Report of the Indian Hemp Drugs Commission, 1894-1895 - Volume VII
Year: 1894
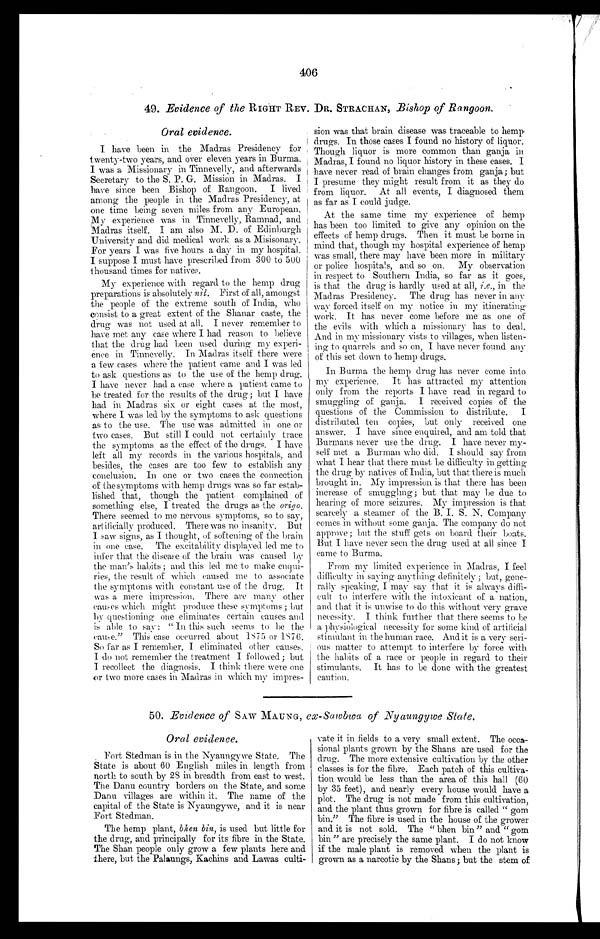
406
49. Evidence of the RIGHT REV. DR. STRACHAN, Bishop of Rangoon.
Oral evidence.
I have teen in the Madras Presidency for
twenty-two years, and over eleven years in Burma.
I was a Missionary in Tinnevelly, and afterwards
Secretary to the S. P. G. Mission in Madras. I
have since been Bishop of Rangoon. I lived
among the people in the Madras Presidency, at
one time being seven miles from any European.
My experience was in Tinnevelly, Ramnad, and
Madras itself. I am also M. D. of Edinburgh
University and did medical work as a Misisonary.
For years I was five hours a day in my hospital.
I suppose I must have prescribed from 300 to 500
thousand times for natives.
My experience with regard to the hemp drug
preparations is absolutely nil. First of all, amongst
the people of the extreme south of India, who
consist to a great extent of the Shanar caste, the
drug was not used at all. I never remember to
have met any case where I had reason to believe
that the drug had been used during my experi-
ence in Tinnevelly. In Madras itself there were
a few cases where the patient came and I was led
to ask questions as to the use of the hemp drug.
I have never had a case where a patient came to
be treated for the results of the drug ; but I have
had in Madras six or eight cases at the most,
where I was led by the symptoms to ask questions
as to the use. The use was admitted in one or
two cases. But still I could not certainly trace
the symptoms as the effect of the drugs. I have
left all my records in the various hospitals, and
besides, the cases are too few to establish any
conclusion. In one or two cases the connection
of the symptoms with hemp drugs was so far estab-
lished that, though the patient complained of
something else, I treated the drugs as the ()rigo.
There seemed to me nervous symptoms, so to say,
artificially produced. There was no insanity. But
I saw signs, as I thought, of softening of the brain
in one case. The excitability displayed led me to
infer that the disease of the brain was caused by
the man's habits ; and this led me to make enqui-
ries, the result of which caused me to associate
the symptoms with constant use of the drug. It
was a mere impression. There are many other
causes which might produce these symptoms; but
by questioning one eliminates certain causes and
is able to say: " In this such seems to be the
cause." This case occurred about 1875 or 1876.
So far as I remember, I eliminated other causes.
I do not remember the treatment I followed ; but
I recollect the diagnosis. I think there were one
or two more cases in Madras in which my impres-
sion was that brain disease was traceable to hemp.
drugs. In those cases I found no history of liquor.
Though liquor is more common than ganja in
Madras, I found no liquor history in these cases. I
have never read of brain changes from ganja; but
I presume they might result from it as they do
from liquor. At all events, I diagnosed them
as far as I could judge.
At the same time my experience of hemp
has been too limited to give any opinion on the
effects of hemp drugs. Then it must be borne in
mind that, though my hospital experience of hemp
was small, there may have been more in military
or police hospitals, and so on. My observation
in respect to Southern India, so far as it goes,
is that the drug is hardly used at all, i.e., in the
Madras Presidency. The drug has never in any
way forced itself on my notice in my itinerating
work. It has never come before me as one of
the evils with which a missionary has to deal.
And in my missionary vists to villages, when listen-
ing to quarrels and so on, I have never found any
of this set down to hemp drugs.
In Burma the hemp drug has never come into
my experience. It has attracted my attention
only from the reports I have read in regard to
smuggling of ganja. I received copies of the
questions of the Commission to distribute. I
distributed ten copies, but only received one
answer. I have since enquired, and am told that
Burmans never use the drug. I have never my-
self met a Burman who did. I should say from
what I hear that there must be difficulty in getting
the drug by natives of India, but that there is much
brought in. My impression is that there has been
increase of smuggling; but that may be due to
hearing of more seizures. My impression is that
scarcely a steamer of the B. I. S. N. Company
comes in without some ganja. The company do not
approve ; but the stuff gets on board their boats.
But I have never seen the drug used at all since I
came to Burma.
From my limited experience in Madras, I feel
difficulty in saying anything definitely ; but, gene-
rally speaking, I may say that it is always diffi-
cult to interfere with the intoxicant of a nation,
and that it is unwise to do this without very grave
necessity. I think further that there seems to be
a physiological necessity for some kind of artificial
stimulant in the human race. And it is a very seri-
ous matter to attempt to interfere by force with
the habits of a race or people in regard to their
stimulants. It has to be done with the greatest
caution.
50. Evidence of SAW MAUNG, ex-Sawbwa of Nyaungywe State.
Oral evidence.
Fort Stedman is in the Nyaungywe State. The
State is about 60 English miles in length from
north to south by 28 in breadth from east to west.
The Danu country borders on the State, and some
Danu villages are within it. The name of the
capital of the State is Nyaungywe, and it is near
Fort Stedman.
The hemp plant, bhen bin, is used but little for
the drug, and principally for its fibre in the State.
The Shan people only grow a few plants here and.
there, but the Palaungs, Kachins and Lawas culti-
vate it in fields to a very small extent. The occa-
sional plants grown by the Shans are used for the
drug. The more extensive cultivation by the other
classes is for the fibre. Each patch of this cultiva-
tion would be less than the area of this hall (60
by 35 feet), and nearly every house would have a
plot. The drug is not made from this cultivation,
and the plant thus grown for fibre is called " gom
bin." The fibre is used in the house of the grower
and it is not sold. The " bhen bin" and " gom
bin " are precisely the same plant. I do not know
if the male plant is removed when the plant is
grown as a narcotic by the Shans; but the stem of